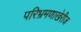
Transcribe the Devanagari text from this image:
परिभ्रमणाखेरीज